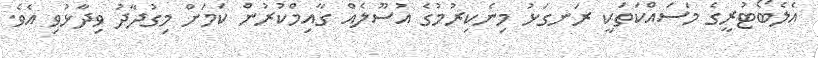
އެލެބޯޓުރީގެ މަސައްކަތަކީ ރަނގަޅު މިނެކިރުމުގެ އުސޫލެއް ގާއިމްކުރުން ކަމަށް މިގުދާދު ވިދާޅުވި އެވެ.